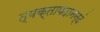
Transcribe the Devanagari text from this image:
त्यक्तापदानन्दं